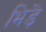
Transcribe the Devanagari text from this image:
भिड़ें